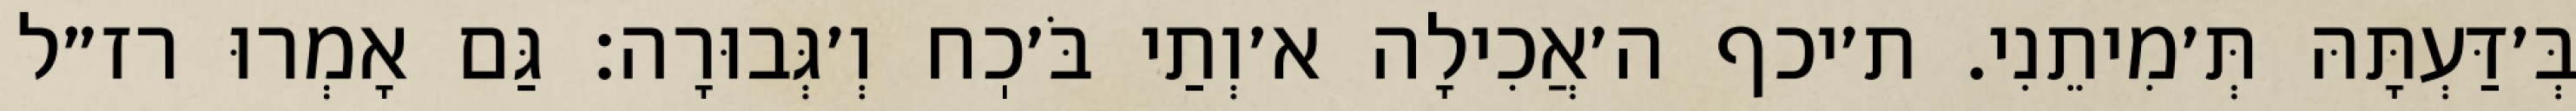
בְּ׳דַּעְתָּהּ תְּ׳מִיתֵנִי. ת׳יכף ה׳אֲכִילָה א׳וְתַי בֹּ׳כֽח וְ׳גְּבוּרָה: גַּם אָמְרוּ רז״ל